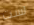
لست